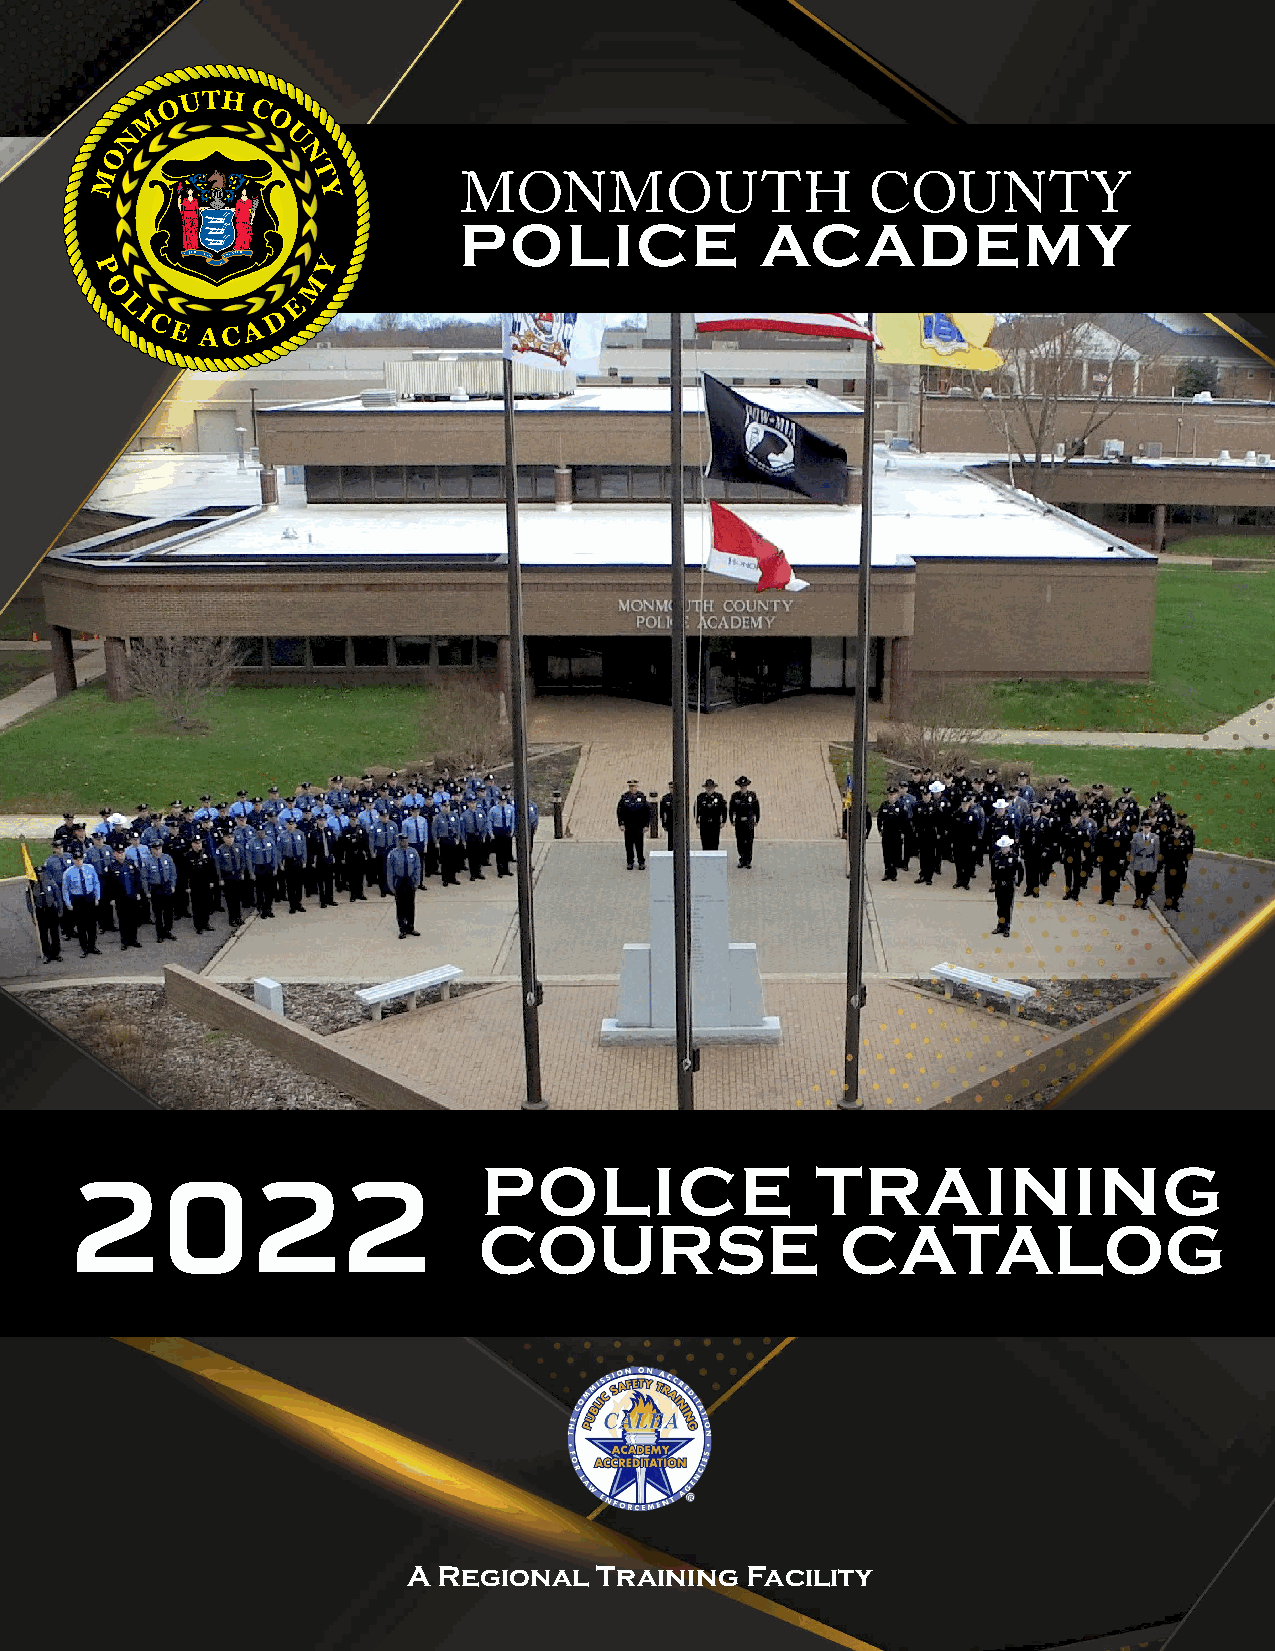
MONMOUTH                    COUNTY
 POLICE              ACADEMY
 POLICE                TRAINING
 2022
 COURSE                  CATALOG
 A Regional  Training  Facility